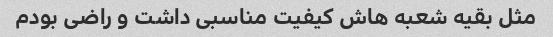
مثل بقیه شعبه هاش کیفیت مناسبی داشت و راضی بودم